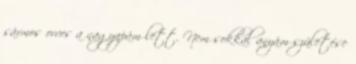
sármos orvos a nagyapám lett. Nem sokkal anyám születése